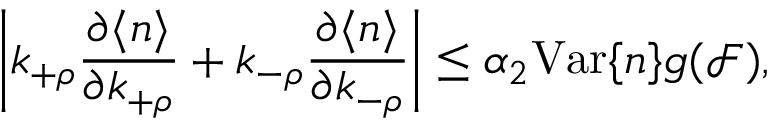
\left| k _ { + \rho } \frac { \partial \langle n \rangle } { \partial k _ { + \rho } } + k _ { - \rho } \frac { \partial \langle n \rangle } { \partial k _ { - \rho } } \right| \leq \alpha _ { 2 } \mathrm { V a r } \{ n \} g ( \mathcal { F } ) ,